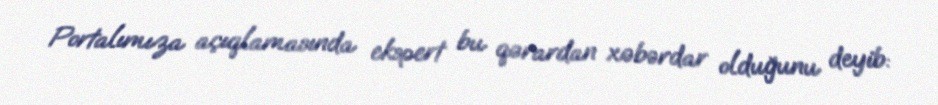
Portalımıza açıqlamasında ekspert bu qərardan xəbərdar olduğunu deyib: